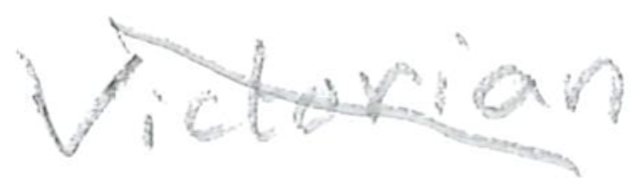
Text: Victorian
Cross-out: diagonal
Writing tool: pencil